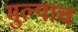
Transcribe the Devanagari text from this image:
मुल्याच